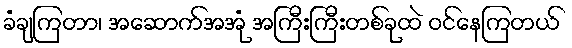
ခံချကြတာ၊ အဆောက်အအုံ အကြီးကြီးတစ်ခုထဲ ဝင်နေကြတယ်